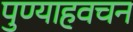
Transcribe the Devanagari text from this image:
पुण्याहवचन